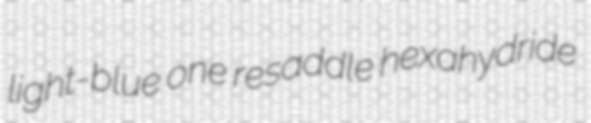
light-blue one resaddle hexahydride